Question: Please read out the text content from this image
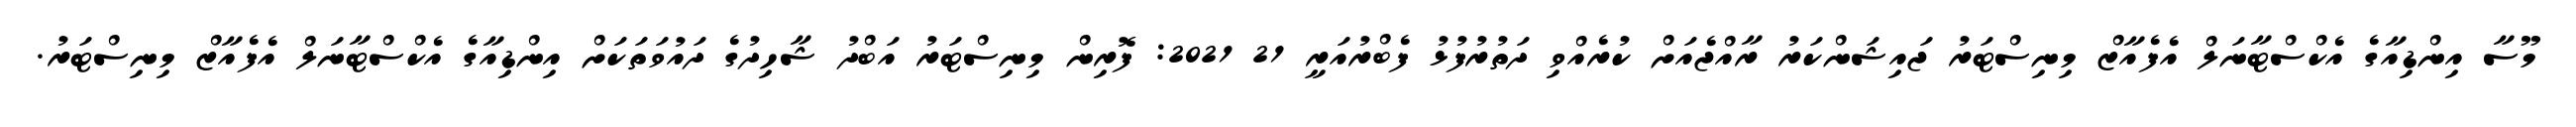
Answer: މޫސާ އިންޑިއާގެ އެކްސްޓާނަލް އެފެއާޒް މިނިސްޓަރު ޖައިޝަންކަރު ރާއްޖެއަށް ކުރެއްވި ދަތުރުފުޅު ފެބްރުއަރީ 21 2021: ފޮރިން މިނިސްޓަރު އަބްދު ޝާހިދުގެ ދައުވަތަކަށް އިންޑިއާގެ އެކްސްޓާނަލް އެފެއާޒް މިނިސްޓަރު.